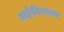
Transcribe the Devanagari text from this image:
आईडीएसएम